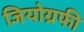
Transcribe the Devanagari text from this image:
जियोग्रफी